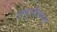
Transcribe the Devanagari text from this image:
जपुनीसाणु